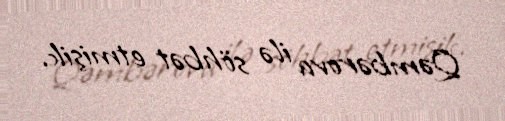
Qəmbərova ilə söhbət etmişik.